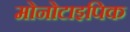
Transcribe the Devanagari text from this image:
मोनोटाइपिक